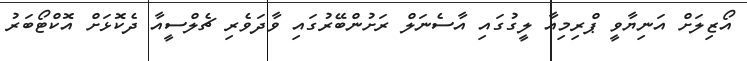
އޯޒިލަށް އަނިޔާވީ ޕްރިމިއާ ލީގުގައި އާސެނަލް ރަށުންބޭރުގައި ވާދަވެރި ޗެލްސީއާ ދެކޮޅަށް އޮކްޓޯބަރު